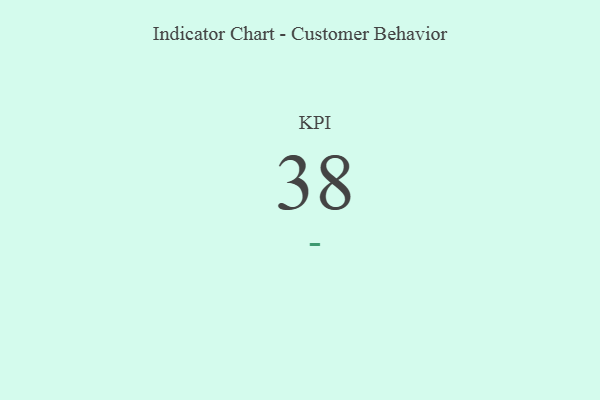
{"axis": {"x": "KPI", "y": "Value"}, "legend": [""], "data": [{"x": "KPI", "y": 38, "type": ""}]}